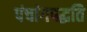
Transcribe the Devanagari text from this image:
पंचांगपद्धति